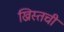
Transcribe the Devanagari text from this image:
ख्रिस्तची